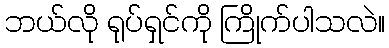
ဘယ်လို ရုပ်ရှင်ကို ကြိုက်ပါသလဲ။